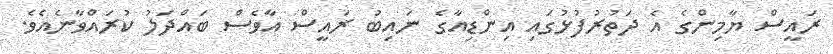
ރައީސް ޔާމިންގެ އެ ދަތުރުފުޅުގައި އިންޑިއާގެ ނައިބު ރައީސް އާވެސް ބައްދަލު ކުރައްވާނެއެވެ.